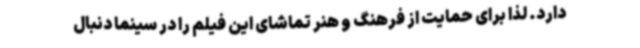
دارد. لذا برای حمایت از فرهنگ و هنر تماشای این فیلم را در سینما دنبال